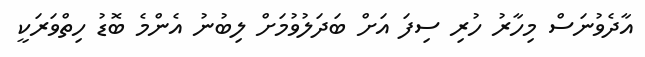
އާދެވުނަސް މިހާރު ހުރި ސިފަ އަށް ބަދަލުވުމަށް ލިބުނު އެންމެ ބޮޑު ހިތްވަރަކީ